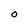
Character: O